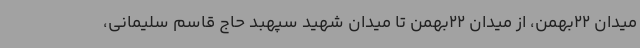
میدان 22بهمن، از میدان 22بهمن تا میدان شهید سپهبد حاج قاسم سلیمانی،